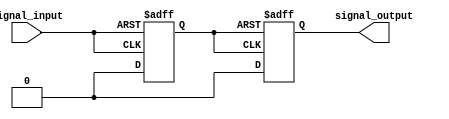
module schmitt_trigger_buffer (
    input wire signal_input,
    output reg signal_output
);

reg schmitt_trigger_output;

always @ (posedge signal_input or negedge signal_input)
begin
    if (signal_input == 1'b1)
        schmitt_trigger_output <= 1'b1;
    else if (signal_input == 1'b0)
        schmitt_trigger_output <= 1'b0;
end

always @ (posedge schmitt_trigger_output or negedge schmitt_trigger_output)
begin
    if (schmitt_trigger_output == 1'b1)
        signal_output <= 1'b1;
    else if (schmitt_trigger_output == 1'b0)
        signal_output <= 1'b0;
end

endmodule